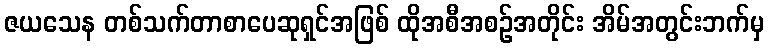
ဇယသေန တစ်သက်တာစာပေဆုရှင်အဖြစ် ထိုအစီအစဉ်အတိုင်း အိမ်အတွင်းဘက်မှ